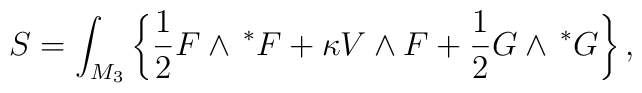
S=\int_{M_3}\left\{ \frac 12F\wedge \,^{*}F+\kappa V\wedge F+\frac12G\wedge \,^{*}G\right\} ,